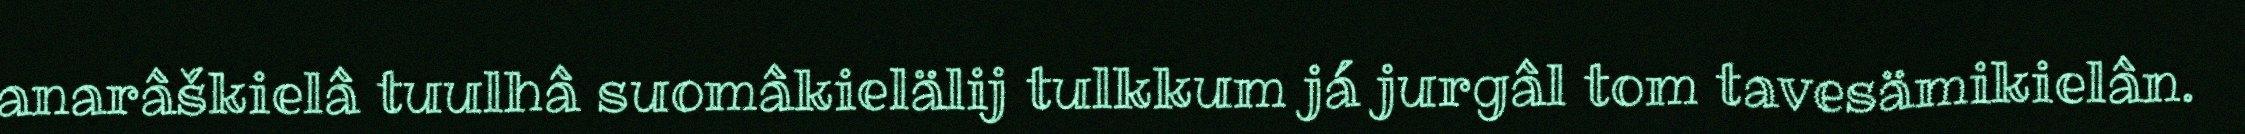
anarâškielâ tuulhâ suomâkielälij tulkkum já jurgâl tom tavesämikielân.